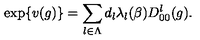
\exp \{ v ( g ) \} = \sum _ { l \in \Lambda } d _ { l } \lambda _ { l } ( \beta ) D _ { 0 0 } ^ { l } ( g ) .